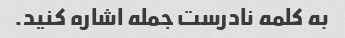
به کلمه نادرست جمله اشاره کنید.